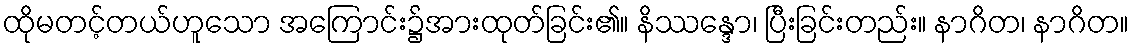
ထိုမတင့်တယ်ဟူသော အကြောင်း၌အားထုတ်ခြင်း၏။ နိဿန္ဒော၊ ပြီးခြင်းတည်း။ နာဂိတ၊ နာဂိတ။